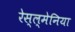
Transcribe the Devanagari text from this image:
रेस्ल्मेनिया